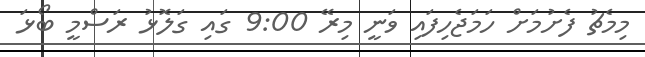
މިމެޗު ފެށުމަށް ހަމަޖެހިފައި ވަނީ މިރޭ 9:00 ގައި ގަލޮޅު ރަސްމީ ބޯޅަ